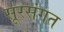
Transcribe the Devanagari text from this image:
सूरसंगत